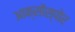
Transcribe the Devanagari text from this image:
आक्सोंस्पोर